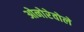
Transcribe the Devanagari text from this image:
ओनोरेवोले